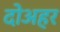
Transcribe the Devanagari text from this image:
दोअहर